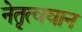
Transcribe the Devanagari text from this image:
नेतृत्ववान